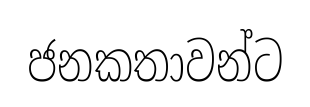
ජනකතාවන්ට